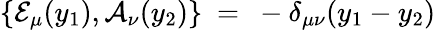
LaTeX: \{ {\cal E}_{\mu}(y_{1}),{\cal A}_{\nu}(y_{2})\} \ =\ -\delta_{\mu\nu}(y_{1}-y_{2})